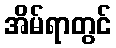
အိမ်ရာတွင်